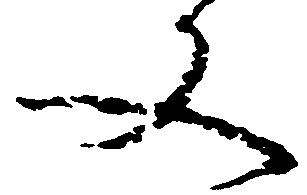
文